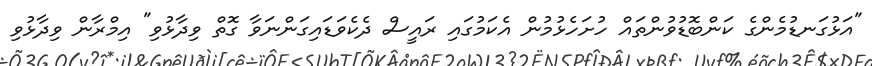
"އަޅުގަނޑުމެންގެ ކަންބޮޑުވުންތައް ހުށަހެޅުމުން އެކަމުގައި ރައީސް ދެކެވަޑައިގަންނަވާ ގޮތް ވިދާޅުވި" އިމްރާން ވިދާޅުވި